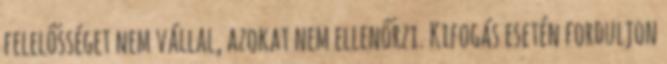
felelősséget nem vállal, azokat nem ellenőrzi. Kifogás esetén forduljon